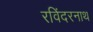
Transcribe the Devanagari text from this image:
रविंदरनाथ